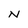
Character: N